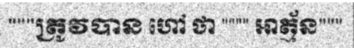
"""ត្រូវបាន ហៅ ថា """" អាត្ម័ន"""